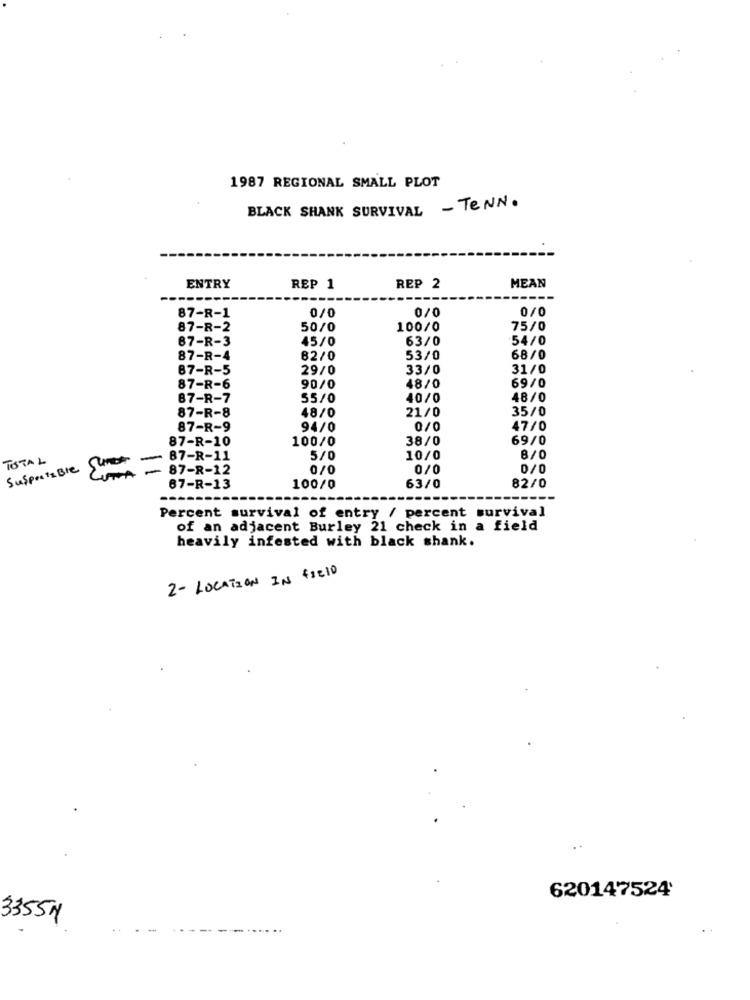
1987 REGIONAL SMALL PLOT
BLACK SHANK SURVIVAL - TENN.
MEAN
ENTRY
REP 1
REP 2
0/0
87-R-1
0/0
0/0
87-R-2
50/0
100/0
75/0
87-R-3
45/0
63/0
:54/0
87-R-4
82/0
53/0
68/0
87-R-5
29/0
33/0
31/0
69/0
87-R-6
90/0
48/0
87-R-7
55/0
40/0
48/0
48/0
21/0
35/0
87-R-8
87-R-9
94/0
0/0
47/0
87-R-10
100/0
38/0
69/0
TOTAL
SuspectsBle Sure
87-R-11
5/0
10/0
B/C
- 87-R-12
0/0
0/0
0/0
LUNA
82/0
67-R-13
100/0
63/0
--
Percent survival of entry / percent survival
of an adjacent Burley 21 check in a field
heavily infested with black shank.
2- LOCATION IN FIELD
620147524
33551
..